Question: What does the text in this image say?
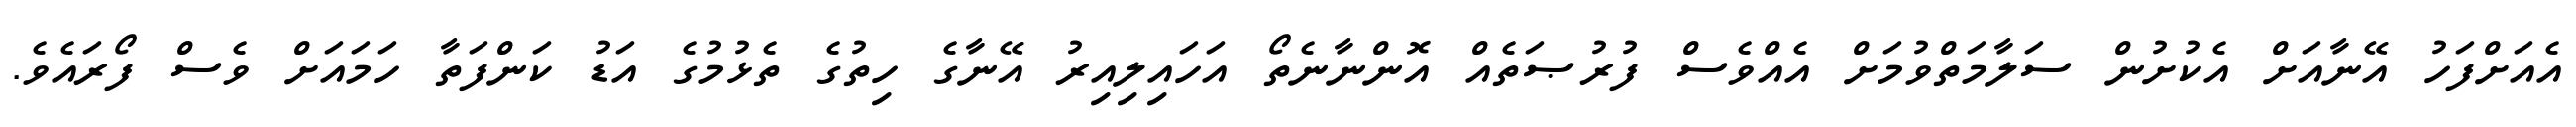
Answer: އެއަށްފަހު އޭނާއަށް އެކުށުން ސަލާމަތްވުމަށް އެއްވެސް ފުރުޞަތެއް އޮންނާނެތޯ އަހައިލިއިރު އޭނާގެ ހިތުގެ ތެޅުމުގެ އަޑު ކަންފަތާ ހަމައަށް ވެސް ފޯރައެވެ.